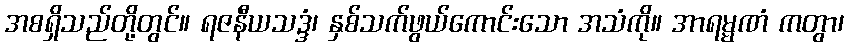
အစရှိသည်တို့တွင်။ ရဇနီယသဒ္ဒံ၊ နှစ်သက်ဖွယ်ကောင်းသော အသံကို။ အာရမ္မဏံ ကတွာ၊